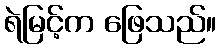
ရဲမြင့်က ဖြေသည်။